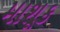
માશૂક